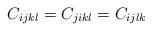
LaTeX: \begin{align*} C_{i j k l} = C_{j i k l } = C_{i j l k} \end{align*}